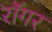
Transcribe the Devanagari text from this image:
रॉगर